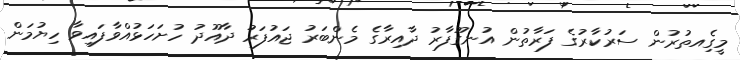
މީގެިއތުރުން ސަރުކާރުގެ ފަރާތުން އުނގޫފާރު ދާއިރާގެ މެންބަރު ޖައުފަރު ދާއޫދު ހުށަހަޅުއްވާފައިވާ ހިޔުމަން